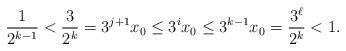
LaTeX: \begin{align*}\frac{1}{2^{k-1}} < \frac{3}{2^k} = 3^{j+1}x_0 \leq 3^ix_0 \leq 3^{k-1}x_0 = \frac{3^{\ell}}{2^k} < 1.\end{align*}